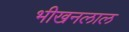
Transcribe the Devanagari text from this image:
भीखनलाल